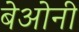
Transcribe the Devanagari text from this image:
बेओनी